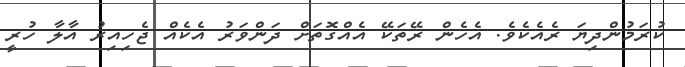
ކުރަމުންދިޔަ ރެއެކެވެ. އެހެން ރޭތަކޭ އެއްގޮތަށް ދަންވަރު އެކެއް ޖެހިއިރު އާލާ ހުރީ